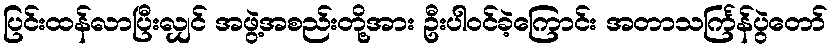
ပြင်းထန်လာပြီးလျှင် အဖွဲ့အစည်းတို့အား ဦးပါဝင်ခဲ့ကြောင်း အတာသင်္ကြန်ပွဲတော်